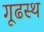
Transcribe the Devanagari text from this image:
गूढस्थ